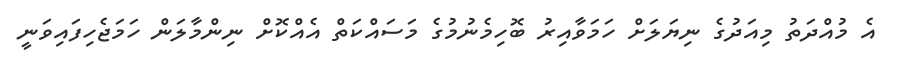
އެ މުއްދަތު މިއަދުގެ ނިޔަލަށް ހަމަވާއިރު ބޮހިމެނުމުގެ މަސައްކަތް އެއްކޮށް ނިންމާލަން ހަމަޖެހިފައިވަނީ